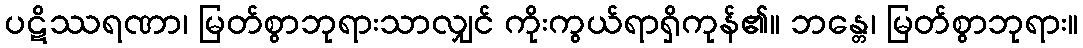
ပဋိဿရဏာ၊ မြတ်စွာဘုရားသာလျှင် ကိုးကွယ်ရာရှိကုန်၏။ ဘန္တေ၊ မြတ်စွာဘုရား။